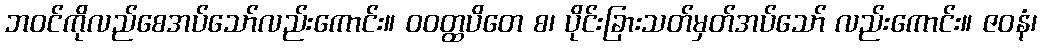
ဘဝင်ကိုလည်စေအပ်သော်လည်းကောင်း။ ဝဝတ္ထပိတေ စ၊ ပိုင်းခြားသတ်မှတ်အပ်သော် လည်းကောင်း။ ဇဝနံ၊